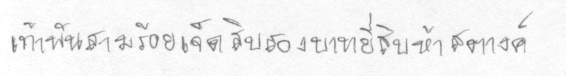
เก้าพันสามร้อยเจ็ดสิบสองบาทยี่สิบห้าสตางค์